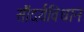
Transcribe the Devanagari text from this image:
सौंदर्यविधान